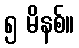
၅ မိနစ်။